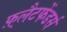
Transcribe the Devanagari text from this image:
फ़्लैटफेंडर्स